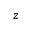
z